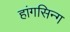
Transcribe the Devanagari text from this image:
हांगसिन्ग